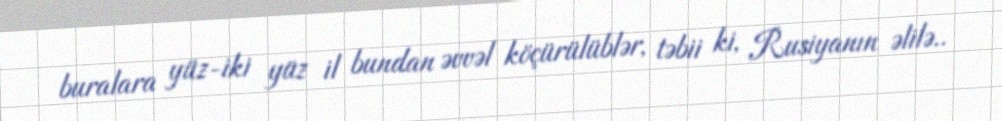
buralara yüz-iki yüz il bundan əvvəl köçürülüblər, təbii ki, Rusiyanın əlilə..